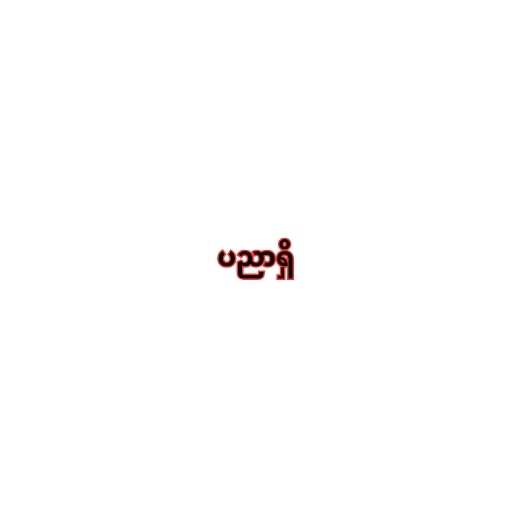
ပညာရှိ